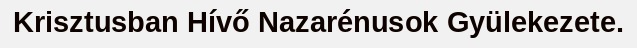
Krisztusban Hívő Nazarénusok Gyülekezete.